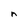
Character: n